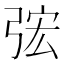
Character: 𭚴